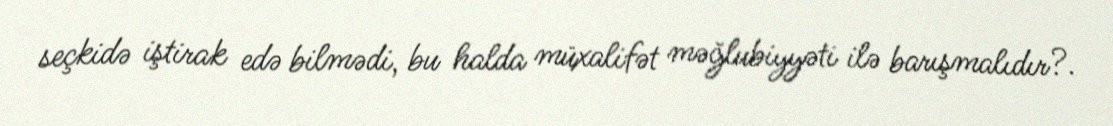
seçkidə iştirak edə bilmədi, bu halda müxalifət məğlubiyyəti ilə barışmalıdır?.